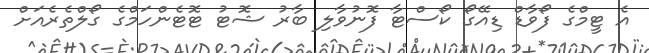
އެ ޓީމްގެ ފޯވާޑް ޑިއޭގޯ ކޯސްޓާ ފޮނުވާލި ބާރު ޝޮޓު ޓޮޓެންހަމްގެ ގޯލްތެރެއަށް